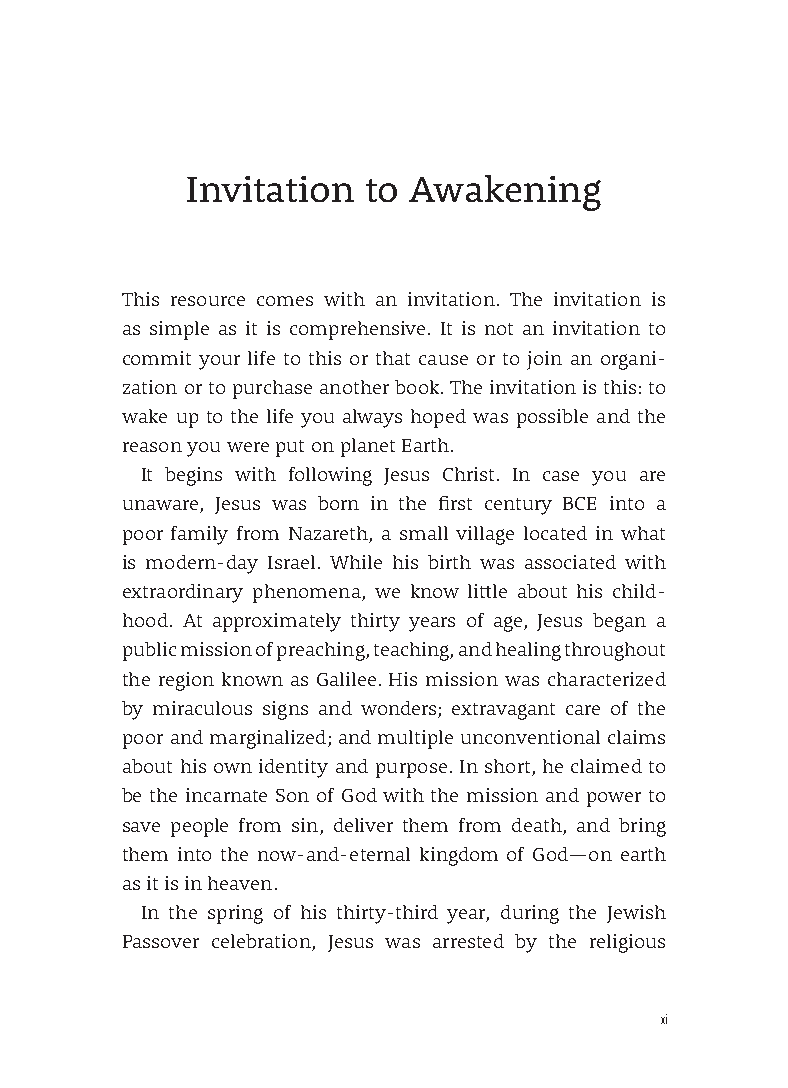
Invitation  to Awakening
 This resource comes with an invitation. The invitation is
 as simple as it is comprehensive. It is not an invitation to
 commit your life to this or that cause or to join an organi-
 zation or to purchase another book. The invitation is this: to
 wake up to the life you always hoped was possible and the
 reason you were put on planet Earth.
 It begins with following Jesus Christ. In case you are
 unaware, Jesus was born in the first century BCE into a
 poor family from Nazareth, a small village located in what
 is modern-day Israel. While his birth was associated with
 extraordinary phenomena, we know little about his child-
 hood. At approximately thirty years of age, Jesus began a
 public mission of preaching, teaching, and healing throughout
 the region known as Galilee. His mission was characterized
 by miraculous signs and wonders; extravagant care of the
 poor and marginalized; and multiple unconventional claims
 about his own identity and purpose. In short, he claimed to
 be the incarnate Son of God with the mission and power to
 save people from sin, deliver them from death, and bring
 them into the now-and-eternal kingdom of God—on earth
 as it is in heaven.
 In the spring of his thirty-third year, during the Jewish
 Passover celebration, Jesus was arrested by the religious
 xi